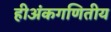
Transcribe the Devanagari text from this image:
हीअंकगणितीय